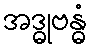
အဒ္ဓုဗန္ဓံ